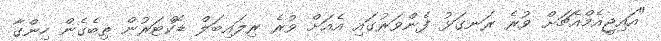
"އައިޖީއެމްއެޗަށް ވުރެ ރަނގަޅު ފެންވަރުގައި އެއަށް ވުރެ ރިލައިބަލް ޑޮކްޓަރުން ތިބެގެން ހިންގާ